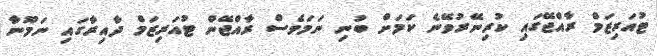
ޓުއަރިޒަމް ރާއްޖޭގައި ކުރިނޭރުވޭނެ ކަމަށް ބުނި ނަމަވެސް ރާއްޖޭން ޓުއަރިޒަމް ދާއިރާގައި ނަމޫނާ